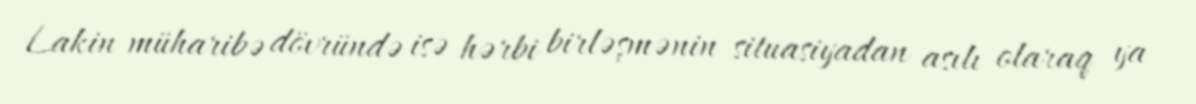
Lakin müharibə dövründə isə hərbi birləşmənin situasiyadan asılı olaraq ya